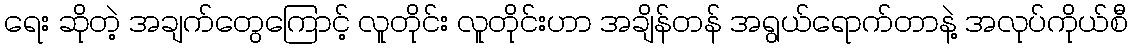
ရေး ဆိုတဲ့ အချက်တွေကြောင့် လူတိုင်း လူတိုင်းဟာ အချိန်တန် အရွယ်ရောက်တာနဲ့ အလုပ်ကိုယ်စီ